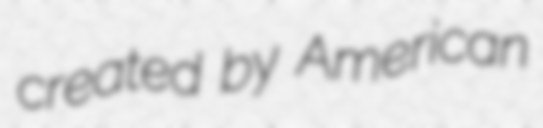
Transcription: created by American